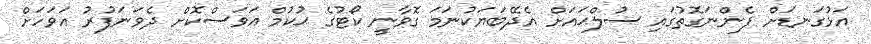
އަޅުގަނޑަށް ފެންނަގޮތުގައި ސުލްޙައަށް އެދޭބަޔަކުނަމަ ގޮވާނީ ކޯޓުގެ ޙުކުމް އަވަސްކޮށް ދެވަނަފުރު އަވަހަށް